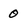
Character: 0